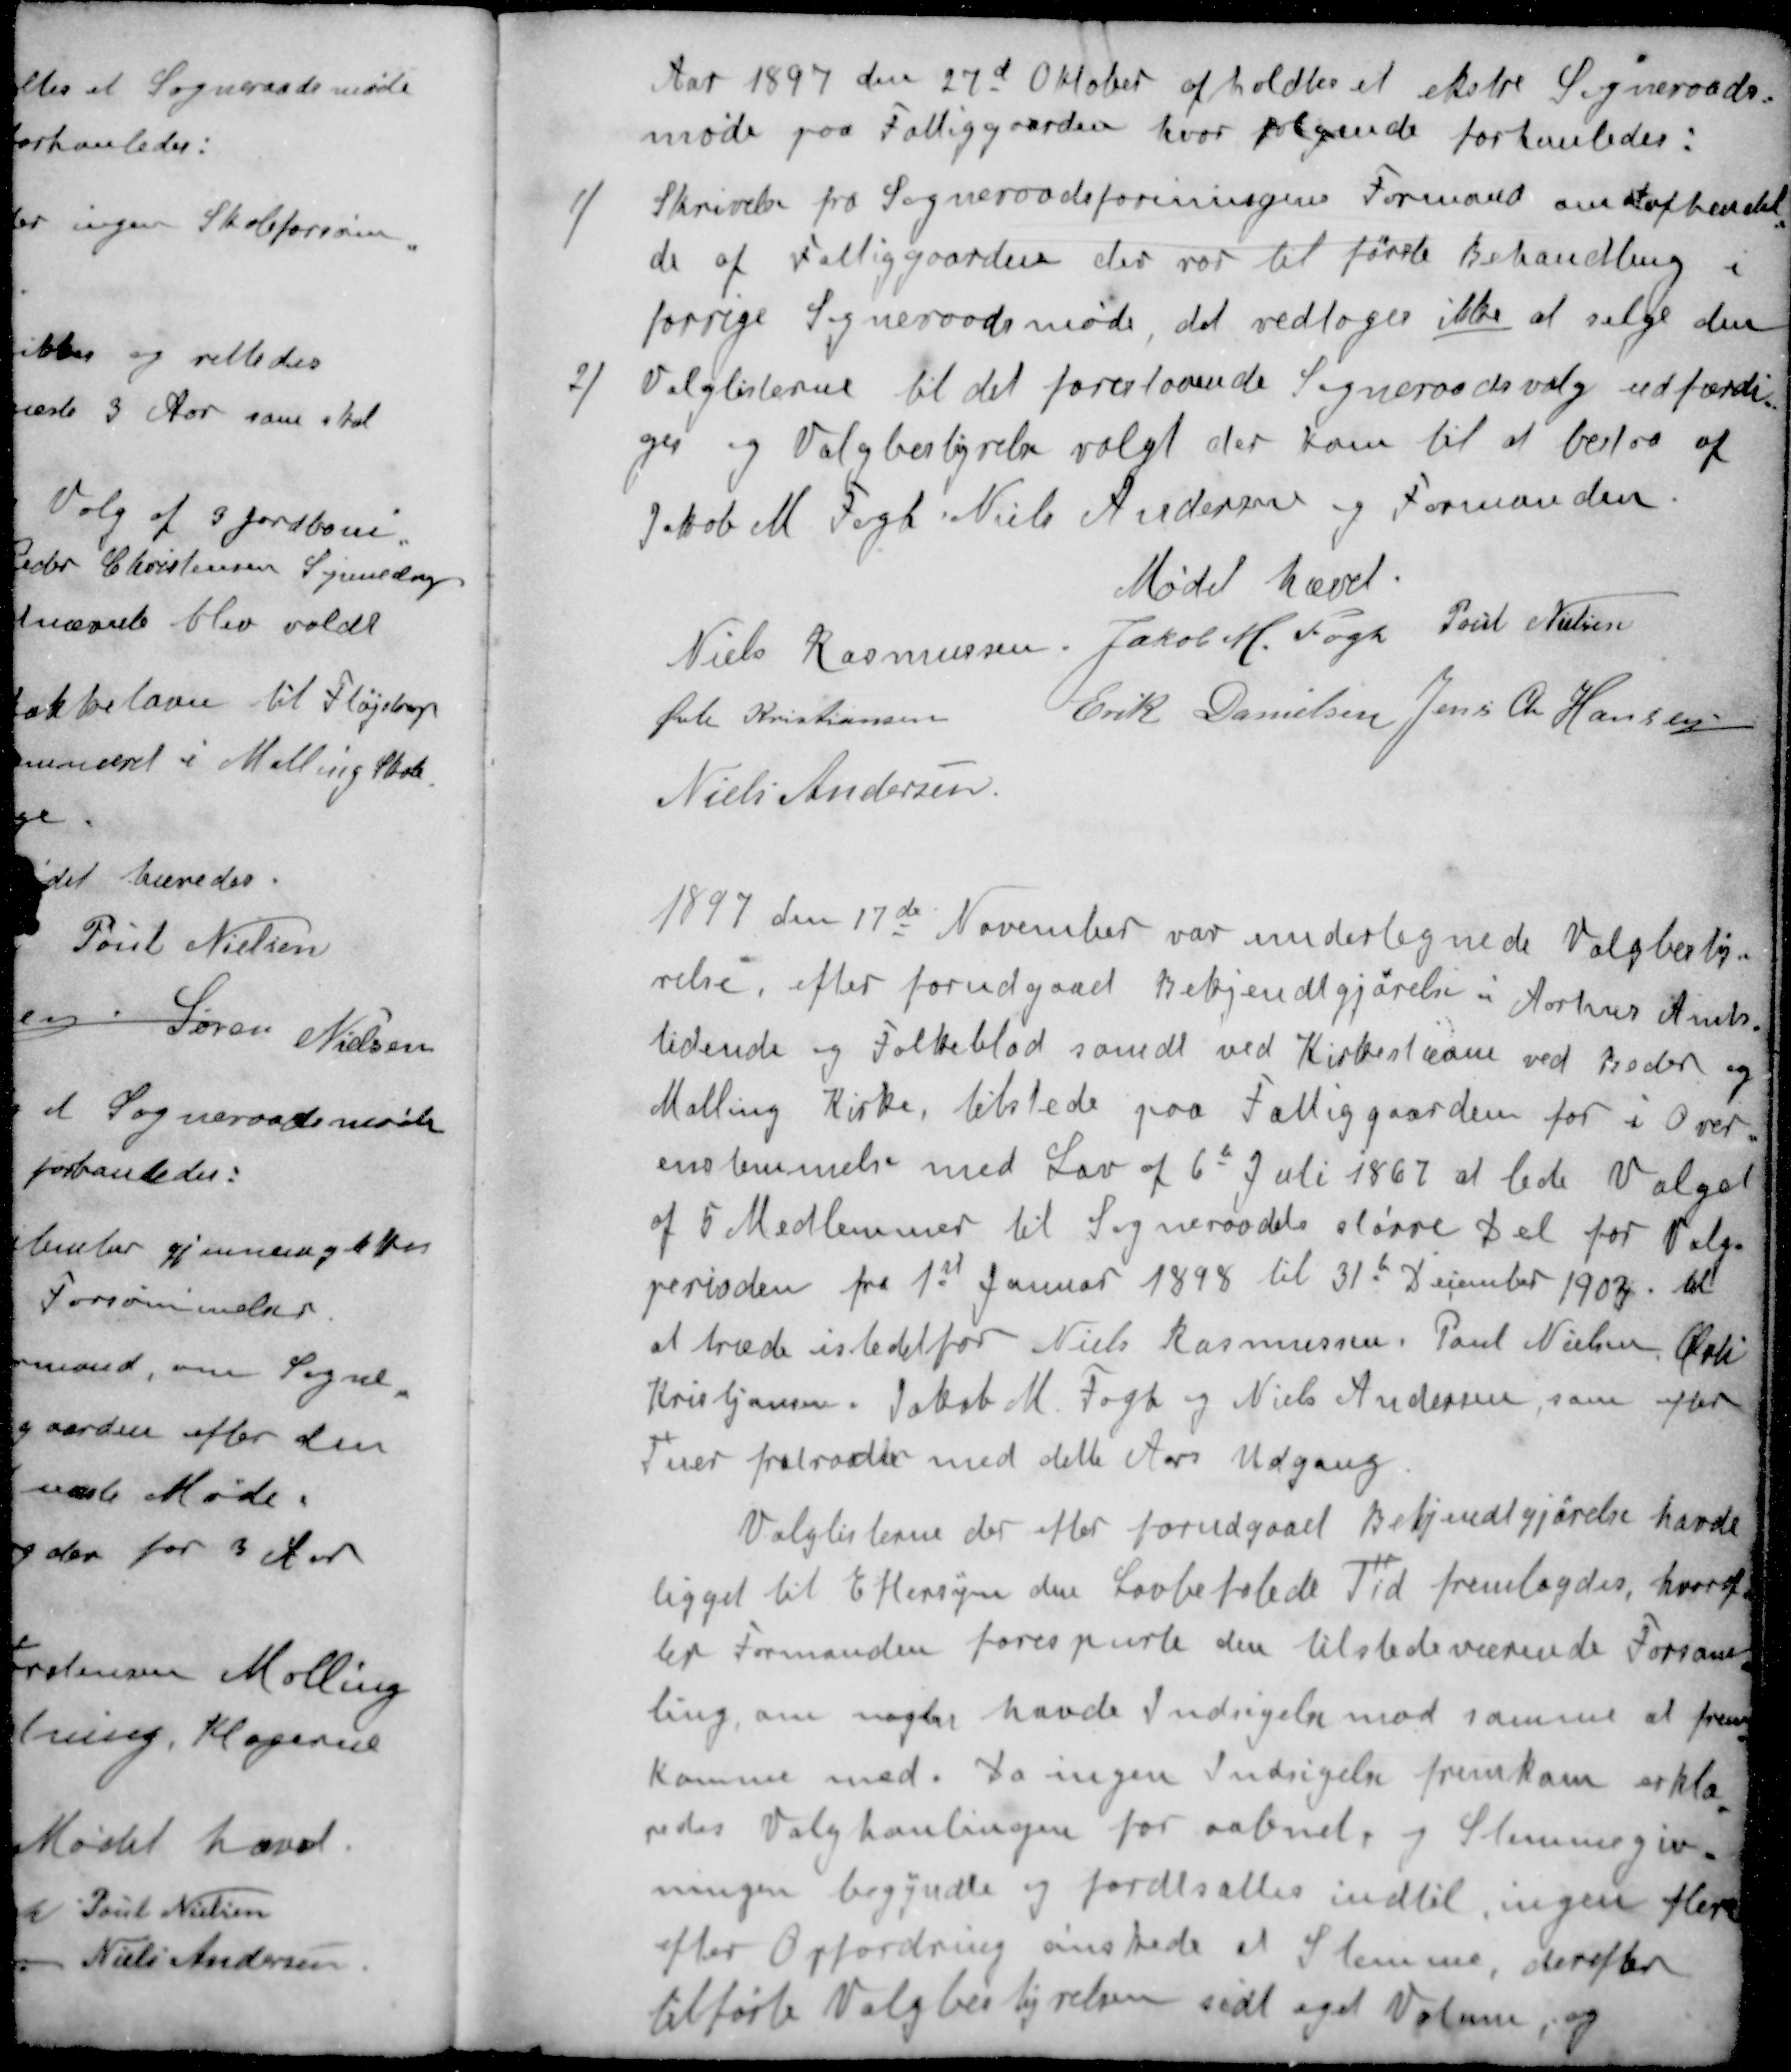
Transskription:
Aar 1897 den 27d Oktober afholdtes et ekstre Sogneraads-
møde paa Fattiggaarden, hvor følgende forhanledes:
1 / Skrivelse fra Sogneraadsforeningens Formand om at afhendel-
de af Fattiggaarden der var til første Behandling i
forrige Sogneraadsmøde, det vedtoges ikke at sælge den
2) Valglisterne til det forestaaende Sogneraadsvalg udfærdi-
ges og Valgbestyrelse valgt der kom til at bestaa af
Jakob M Fogh Niels Andersen og Formanden.
Mødet hævet.
Niels Rasmussen
Jakob M. Fogh
Poul Nielsen
Øvli Kristiansen
Erik Danielsen
Jens Chr Hansen
Niels Andersen
1897 den 17de November var undertegnede Valgbesty-
relse, efter forudgaaet Bekjendtgjørelse i Aarhus Amts-
tidende og Folkeblad samdt ved Kirkestævne ved Beder og
Malling Kirke, tilstede paa Fattiggaarden for i Over-
enstemmelse med Lov af 6t Juli 1867 af lede Valget
af 5 Medlemmer til Sogneraadets større Del for Valg-
perioden fra 1st Januar 1898 til 31d December 1903 til
at træde istedetfor Niels Rasmussen, Poul Nielsen, Øvli
Kristjansen. Jakob M. Fogh og Niels Andersen, som efter
Tur fratræder med dette Aars Udgang.
Valglisterne der efter forudgaaet Bekjendtgjørelse havde
ligget til Eftersyn den Lovbefalede Tid fremlagdes, hvoref-
ter Formanden forespurte den tilstedeværende Forsam-
ling, om nogle havde Indsigelse mod samme at frem-
komme med. Da ingen Indsigelse fremkom erklæ-
redes Valghanlingen for aabnet, og Stemmegiv-
ningen begyndte og fordtsattes indtil, ingen flere
efter Opfordring ønskede at Stemme, derefter
tilførte Valgbestyrelsen sidt eget Votum, og